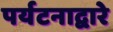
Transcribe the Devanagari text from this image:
पर्यटनाद्वारे